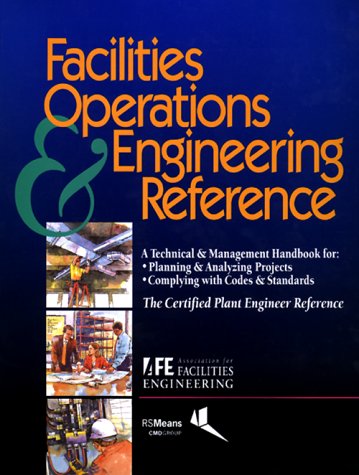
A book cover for Facilities Operations & Engineering Reference: A Technical & Management Handbook for Planning & Analyzing Projects, Complying With Codes & Standards; Association for Facilities Engineering; Business & Money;